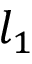
l _ { 1 }